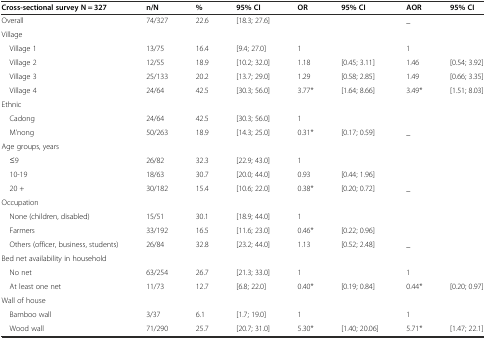
<table><thead><tr><td><b>Cross-sectional survey N = 327</b></td><td><b>n/N</b></td><td><b>%</b></td><td><b>95% CI</b></td><td><b>OR</b></td><td><b>95% CI</b></td><td><b>AOR</b></td><td><b>95% CI</b></td></tr></thead><tbody><tr><td>Overall</td><td>74/327</td><td>22.6</td><td>[18.3; 27.6]</td><td></td><td></td><td>_</td><td></td></tr><tr><td>Village</td><td></td><td></td><td></td><td></td><td></td><td></td><td></td></tr><tr><td> Village 1</td><td>13/75</td><td>16.4</td><td>[9.4; 27.0]</td><td>1</td><td></td><td>1</td><td></td></tr><tr><td> Village 2</td><td>12/55</td><td>18.9</td><td>[10.2; 32.0]</td><td>1.18</td><td>[0.45; 3.11]</td><td>1.46</td><td>[0.54; 3.92]</td></tr><tr><td> Village 3</td><td>25/133</td><td>20.2</td><td>[13.7; 29.0]</td><td>1.29</td><td>[0.58; 2.85]</td><td>1.49</td><td>[0.66; 3.35]</td></tr><tr><td> Village 4</td><td>24/64</td><td>42.5</td><td>[30.3; 56.0]</td><td>3.77*</td><td>[1.64; 8.66]</td><td>3.49*</td><td>[1.51; 8.03]</td></tr><tr><td>Ethnic</td><td></td><td></td><td></td><td></td><td></td><td></td><td></td></tr><tr><td> Cadong</td><td>24/64</td><td>42.5</td><td>[30.3; 56.0]</td><td>1</td><td></td><td></td><td></td></tr><tr><td> M’nong</td><td>50/263</td><td>18.9</td><td>[14.3; 25.0]</td><td>0.31*</td><td>[0.17; 0.59]</td><td>_</td><td></td></tr><tr><td>Age groups, years</td><td></td><td></td><td></td><td></td><td></td><td></td><td></td></tr><tr><td> ≤9</td><td>26/82</td><td>32.3</td><td>[22.9; 43.0]</td><td>1</td><td></td><td></td><td></td></tr><tr><td> 10-19</td><td>18/63</td><td>30.7</td><td>[20.0; 44.0]</td><td>0.93</td><td>[0.44; 1.96]</td><td></td><td></td></tr><tr><td> 20 +</td><td>30/182</td><td>15.4</td><td>[10.6; 22.0]</td><td>0.38*</td><td>[0.20; 0.72]</td><td>_</td><td></td></tr><tr><td>Occupation</td><td></td><td></td><td></td><td></td><td></td><td></td><td></td></tr><tr><td> None (children, disabled)</td><td>15/51</td><td>30.1</td><td>[18.9; 44.0]</td><td>1</td><td></td><td></td><td></td></tr><tr><td> Farmers</td><td>33/192</td><td>16.5</td><td>[11.6; 23.0]</td><td>0.46*</td><td>[0.22; 0.96]</td><td></td><td></td></tr><tr><td> Others (officer, business, students)</td><td>26/84</td><td>32.8</td><td>[23.2; 44.0]</td><td>1.13</td><td>[0.52; 2.48]</td><td>_</td><td></td></tr><tr><td>Bed net availability in household</td><td></td><td></td><td></td><td></td><td></td><td></td><td></td></tr><tr><td> No net</td><td>63/254</td><td>26.7</td><td>[21.3; 33.0]</td><td>1</td><td></td><td>1</td><td></td></tr><tr><td> At least one net</td><td>11/73</td><td>12.7</td><td>[6.8; 22.0]</td><td>0.40*</td><td>[0.19; 0.84]</td><td>0.44*</td><td>[0.20; 0.97]</td></tr><tr><td>Wall of house</td><td></td><td></td><td></td><td></td><td></td><td></td><td></td></tr><tr><td> Bamboo wall</td><td>3/37</td><td>6.1</td><td>[1.7; 19.0]</td><td>1</td><td></td><td>1</td><td></td></tr><tr><td> Wood wall</td><td>71/290</td><td>25.7</td><td>[20.7; 31.0]</td><td>5.30*</td><td>[1.40; 20.06]</td><td>5.71*</td><td>[1.47; 22.1]</td></tr></tbody></table>